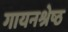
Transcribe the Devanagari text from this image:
गायनश्रेष्ठ